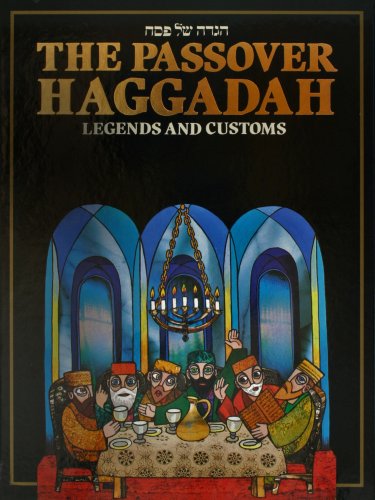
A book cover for The Passover Haggadah: Legends and Customs; Menahem Hakohen; Religion & Spirituality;